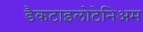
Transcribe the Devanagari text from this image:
डैकटाइलोटेनिअम